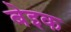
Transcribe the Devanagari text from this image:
बेइक